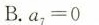
B. a_{7}=0